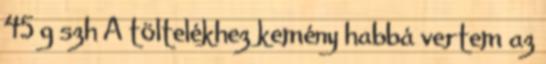
45 g szh A töltelékhez kemény habbá vertem az